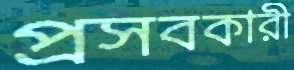
প্রসবকারী